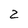
Character: 2